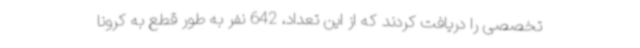
تخصصی را دریافت کردند که از این تعداد، 642 نفر به طور قطع به کرونا